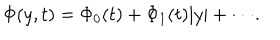
\Phi ( y , t ) = \Phi _ { 0 } ( t ) + \Phi _ { 1 } ( t ) \vert y \vert + \cdot \cdot \cdot .